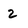
Character: 2